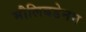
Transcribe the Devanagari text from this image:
मौलिबडेनम